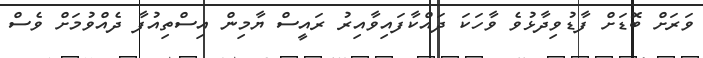
ވަރަށް ބޮޑަށް ފާޑުވިދާޅުވެ ވާހަކަ ދައްކާފައިވާއިރު ރައީސް ޔާމިން އިސްތިއުފާ ދެއްވުމަށް ވެސް